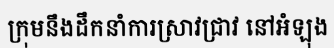
ក្រុមនឹងដឹកនាំការស្រាវជ្រាវ នៅអំឡុង